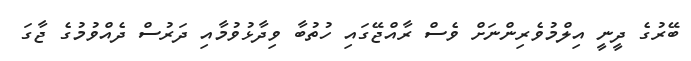
ބޭރުގެ ދީނީ އިލްމުވެރިންނަށް ވެސް ރާއްޖޭގައި ހުތުބާ ވިދާޅުވުމާއި ދަރުސް ދެއްވުމުގެ ޖާގަ